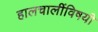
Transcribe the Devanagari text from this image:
हालचालींविषयी